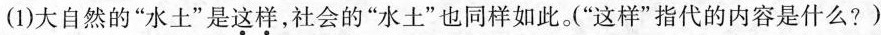
(1)大自然的“水土”是这样，社会的“水土”也同样如此。“这样”指代的内容是什么?)